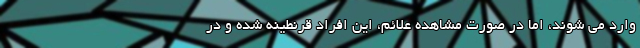
وارد می شوند، اما در صورت مشاهده علائم، این افراد قرنطینه شده و در